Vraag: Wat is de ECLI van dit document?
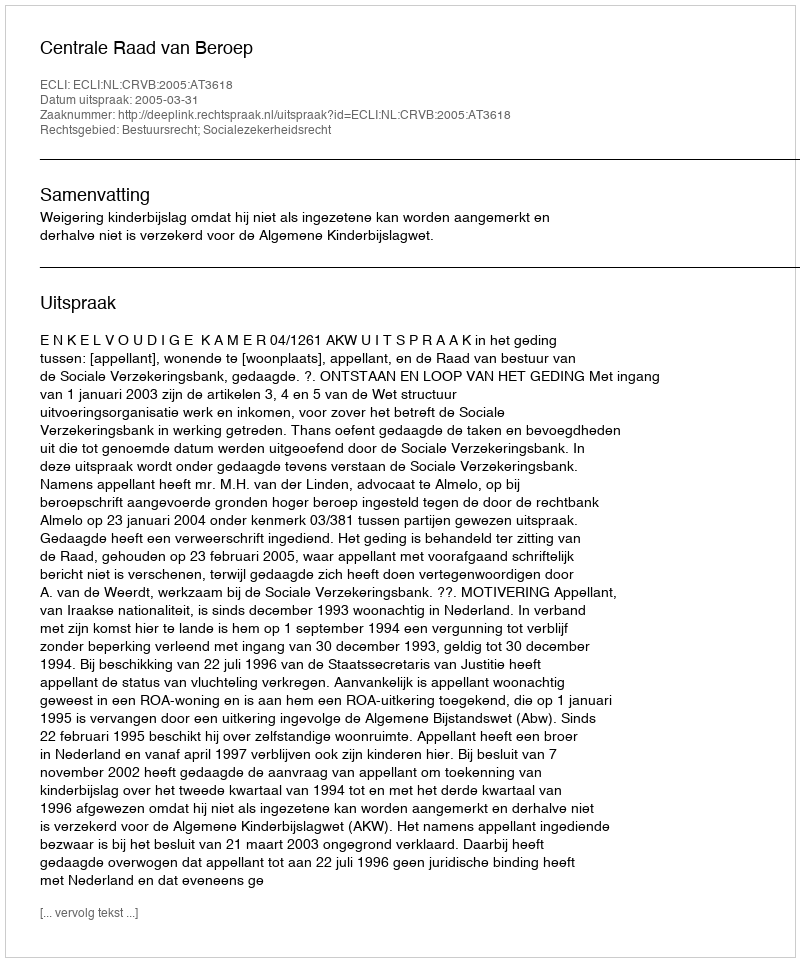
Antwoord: ECLI:NL:CRVB:2005:AT3618